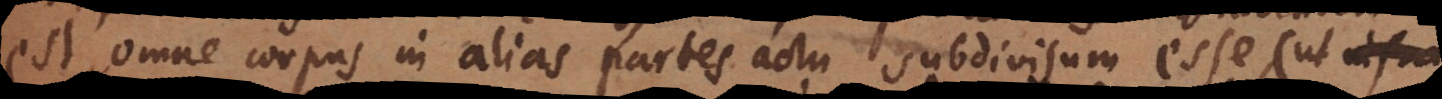
est, omne corpus in alias partes actu subdivisum esse (ut